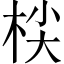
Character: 𣑷